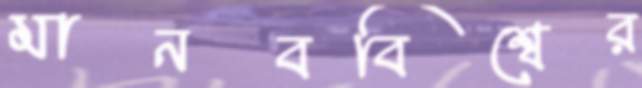
মানববিশ্বের